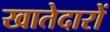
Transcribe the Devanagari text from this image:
खातेदारों